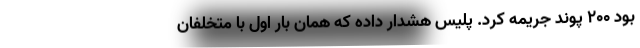
بود ۲۰۰ پوند جریمه کرد. پلیس هشدار داده که همان بار اول با متخلفان